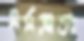
ধর্মভ্রাতা